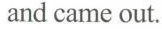
and came out.